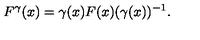
F ^ { \gamma } ( x ) = \gamma ( x ) F ( x ) ( \gamma ( x ) ) ^ { - 1 } .